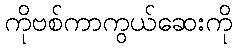
ကိုဗစ်ကာကွယ်ဆေးကို